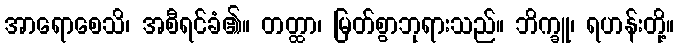
အာရောစေသိ၊ အစီရင်ခံ၏။ တတ္ထာ၊ မြတ်စွာဘုရားသည်။ ဘိက္ခူ၊ ရဟန်းတို့။